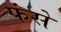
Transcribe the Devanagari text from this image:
फंसें